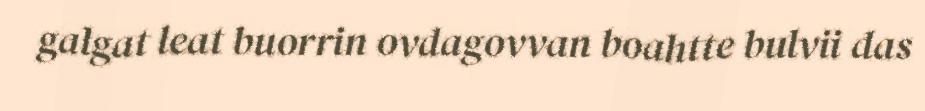
galgat leat buorrin ovdagovvan boahtte bulvii das